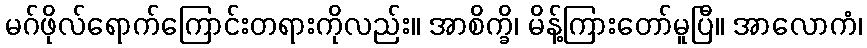
မဂ်ဖိုလ်ရောက်ကြောင်းတရားကိုလည်း။ အာစိက္ခိ၊ မိန့်ကြားတော်မူပြီ။ အာလောကံ၊